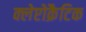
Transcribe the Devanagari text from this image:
क्लेप्टोक्रैटिक